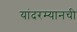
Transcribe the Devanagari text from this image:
यांदरम्यानची